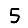
Digit: 5